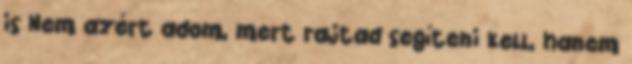
is Nem azért adom, mert rajtad segíteni kell, hanem